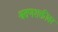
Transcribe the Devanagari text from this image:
श्रवणशक्तीवर